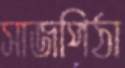
সাজপিঠা